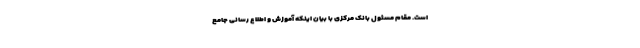
است. مقام مسئول بانک مرکزی با بیان اینکه آموزش و اطلاع رسانی جامع